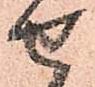
せ